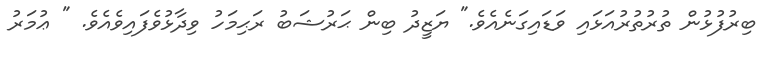
ބިރުފުޅުން ތުރުތުރުއަޅައި ވަޑައިގަނެއެވެ." ޔަޒީދު ބިން ޙަރުޝަބު ރަޙިމަހު ވިދާޅުވެފައިވެއެވެ. " ޢުމަރު